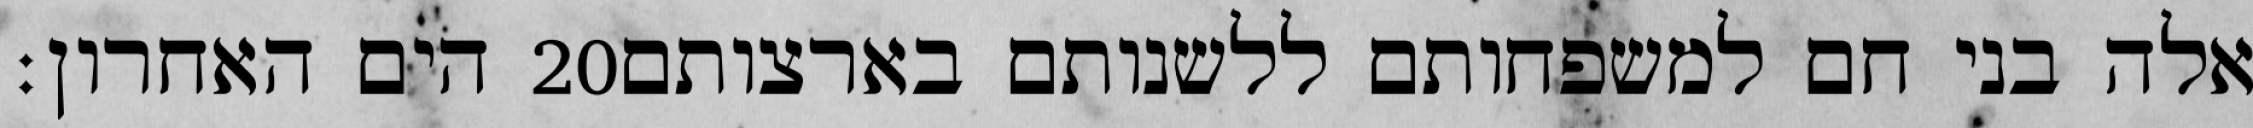
הים האחרון׃ ‎20‏ אלה בני חם למשפחותם ללשנותם בארצותם